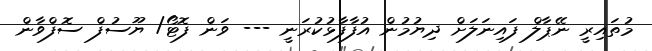
މުތައިރީ ނޭޕާލް ފައިނަލަށް ދިޔުމުން އުފާފާޅުކުރަނީ --- ވަން ފޮޓޯ/ ޔޫސުފް ސޮފްވާން